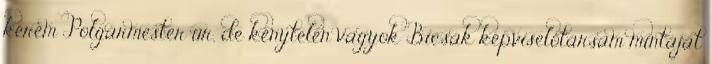
kérem Polgármester úr, de kénytelen vagyok Bicsák képviselőtársam mintáját